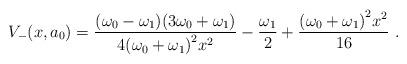
LaTeX: \begin{align*}V_-(x,a_0)=\frac{(\omega_0-\omega_1)(3\omega_0+\omega_1)}{4{(\omega_0+\omega_1)}^2 x^2} - \frac{\omega_1}{2}+\frac{{(\omega_0+\omega_1)}^2 x^2}{16}~.\end{align*}